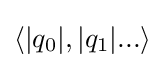
\langle |q_{0}|,|q_{1}|...\rangle